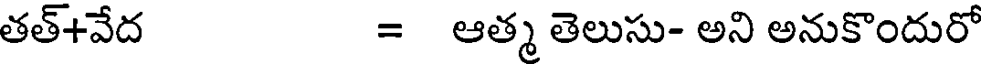
తత్+వేద = ఆత్మ తెలుసు- అని అనుకొందురో